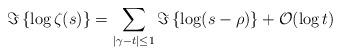
LaTeX: \begin{align*} \Im \left\{ \log \zeta(s)\right\}= \sum_{|\gamma-t|\leq 1}\Im\left\{ \log (s-\rho)\right\}+\mathcal{O}(\log t)\end{align*}